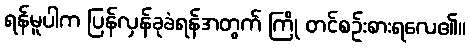
ရန်မူပါက ပြန်လှန်ခုခံရန်အတွက် ကြို တင်စဉ်းစားရလေ၏။